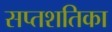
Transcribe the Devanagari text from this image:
सप्तशतिका